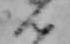
ん